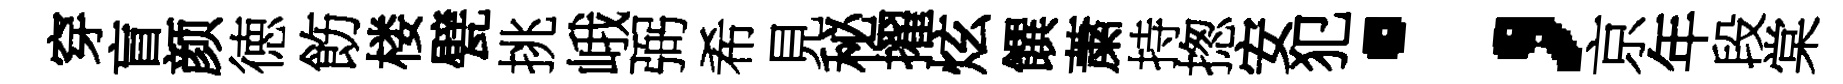
穿盲颜徳飭楼甓挑峨弼希見秘擢炫饌䔥持揔安犯；京年段棠